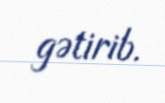
gətirib.